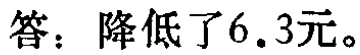
答：降低了6.3元。